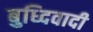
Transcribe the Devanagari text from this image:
बुध्दिवादी